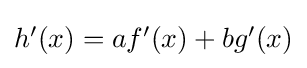
{\textstyle h'(x)=af'(x)+bg'(x)}